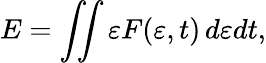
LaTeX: E=\int\! \! \! \int\varepsilon F(\varepsilon,t)\, d\varepsilon dt,